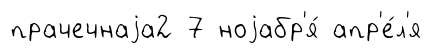
прачечнаjа2 7 ноjабр'я́ апр'е́л'я